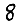
Digit: 8